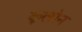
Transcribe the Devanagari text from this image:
कूलोन